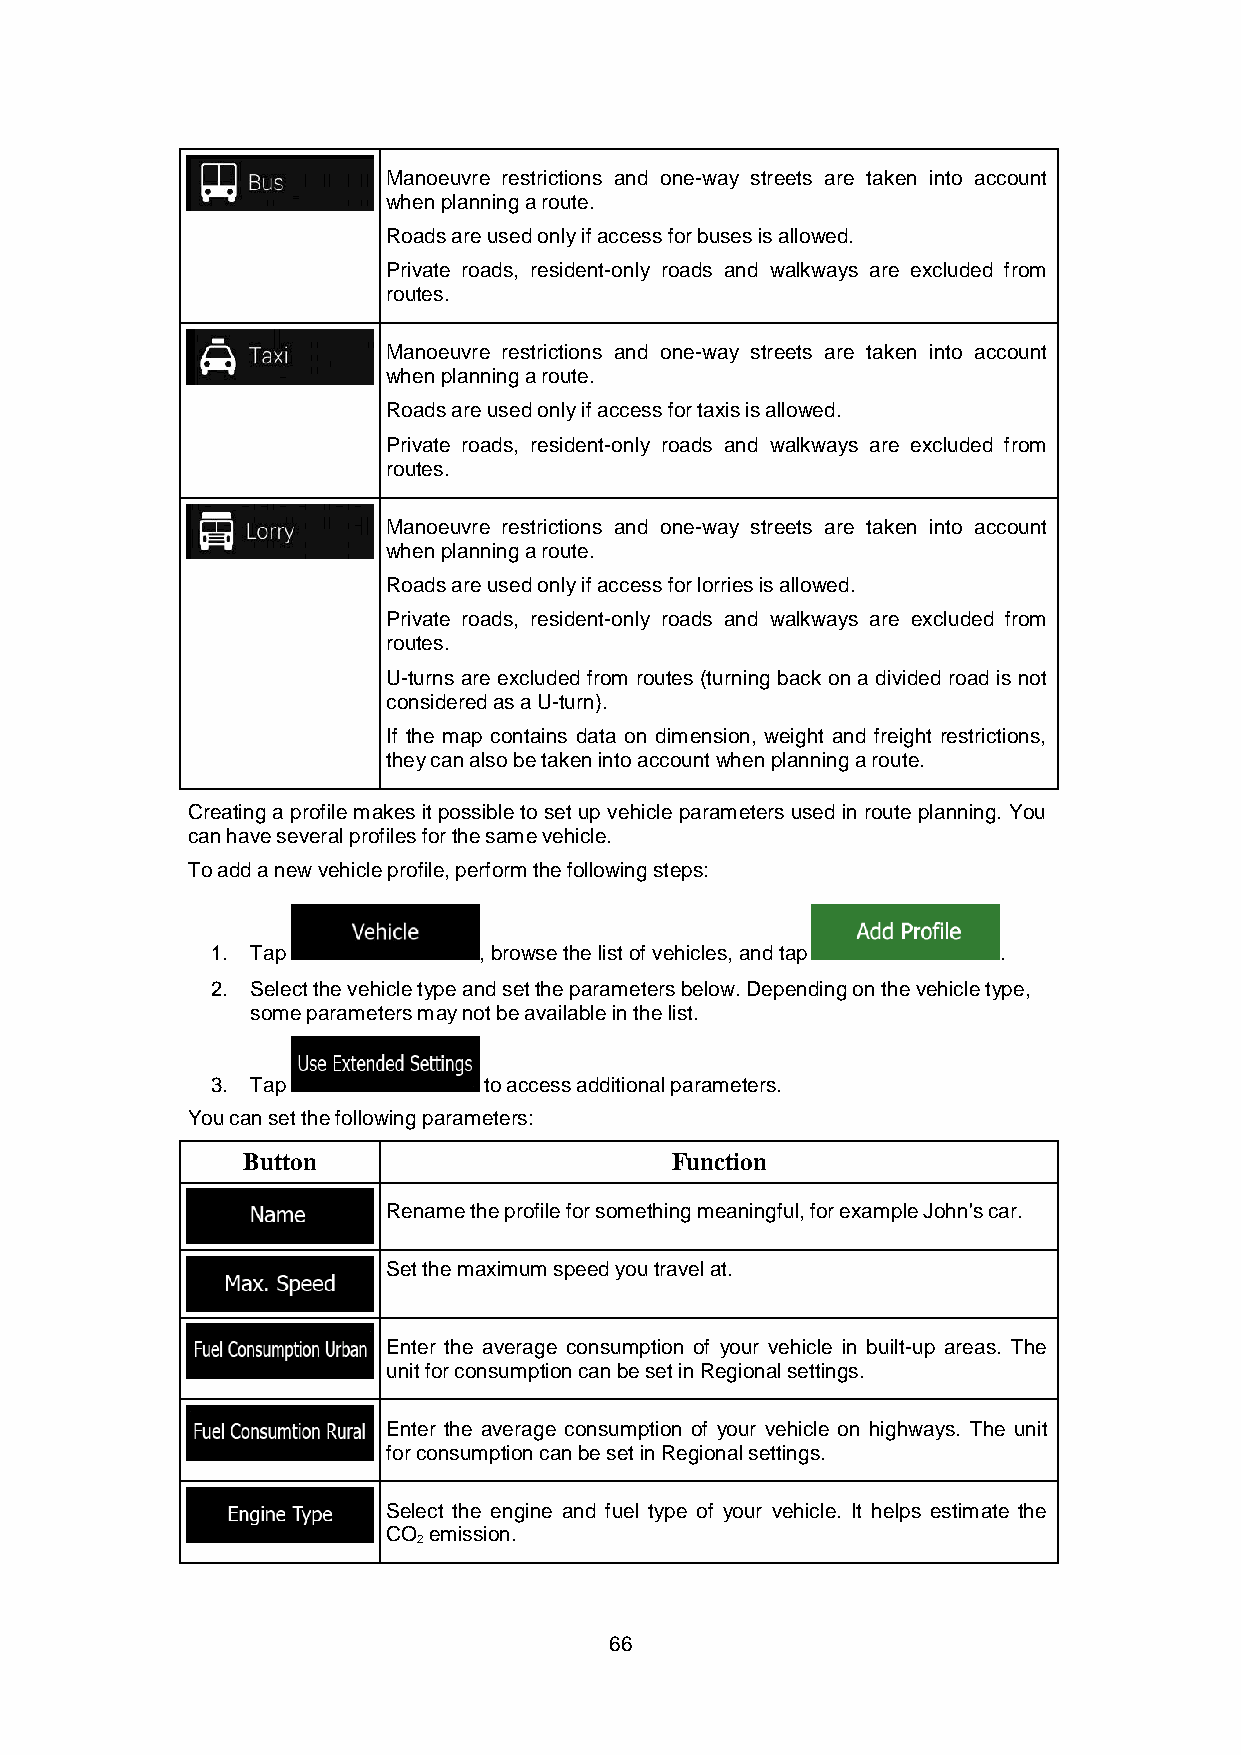
Manoeuvre restrictions and one-way streets are taken into account
 when planning a route.
 Roads are used only if access for buses is allowed.
 Private roads, resident-only roads and walkways are excluded from
 routes.
 Manoeuvre restrictions and one-way streets are taken into account
 when planning a route.
 Roads are used only if access for taxis is allowed.
 Private roads, resident-only roads and walkways are excluded from
 routes.
 Manoeuvre restrictions and one-way streets are taken into account
 when planning a route.
 Roads are used only if access for lorries is allowed.
 Private roads, resident-only roads and walkways are excluded from
 routes.
 U-turns are excluded from routes (turning back on a divided road is not
 considered as a U-turn).
 If the map contains data on dimension, weight and freight restrictions,
 they can also be taken into account when planning a route.
 Creating a profile makes it possible to set up vehicle parameters used in route planning. You
 can have several profiles for the same vehicle.
 To add a new vehicle profile, perform the following steps:
 1. Tap            , browse the list of vehicles, and tap .
 2. Select the vehicle type and set the parameters below. Depending on the vehicle type,
 some parameters may not be available in the list.
 3. Tap            to access additional parameters.
 You can set the following parameters:
 Button                      Function
 Rename the profile for something meaningful, for example John's car.
 Set the maximum speed you travel at.
 Enter the average consumption of your vehicle in built-up areas. The
 unit for consumption can be set in Regional settings.
 Enter the average consumption of your vehicle on highways. The unit
 for consumption can be set in Regional settings.
 Select the engine and fuel type of your vehicle. It helps estimate the
 CO emission.
 2
 66